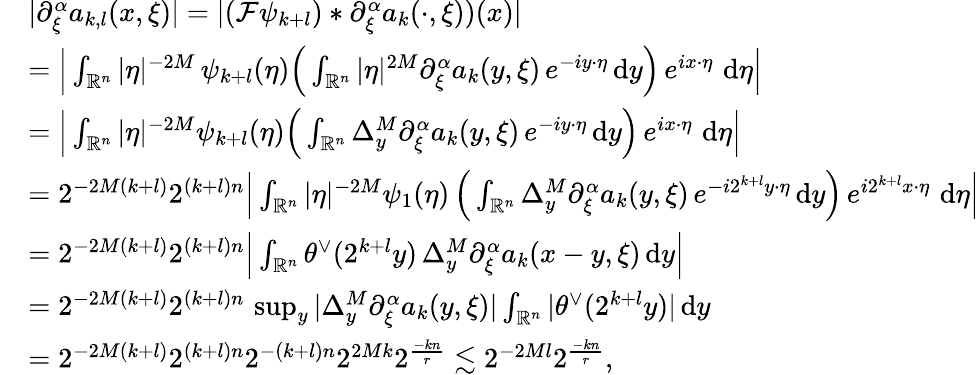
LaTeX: \begin{array}{rl}&{|\partial_{\xi}^{\alpha}a_{k,l}(x,\xi)|=|(\mathcal{F}\psi_{k+l})*\partial_{\xi}^{\alpha}a_{k}(\cdot,\xi))(x)|}\\ &{=\Big|\int_{\mathbb{R}^{n}}|\eta|^{-2M}\, \psi_{k+l}(\eta)\Big(\int_{\mathbb{R}^{n}}|\eta|^{2M}\partial_{\xi}^{\alpha}a_{k}(y,\xi)\, e^{-iy\cdot\eta}\, \mathrm{d}y\Big)\, e^{ix\cdot\eta}\, \, \mathrm{d}\eta\Big|}\\ &{=\Big|\int_{\mathbb{R}^{n}}|\eta|^{-2M}\psi_{k+l}(\eta)\Big(\int_{\mathbb{R}^{n}}\Delta_{y}^{M}\partial_{\xi}^{\alpha}a_{k}(y,\xi)\, e^{-iy\cdot\eta}\, \mathrm{d}y\Big)\, e^{ix\cdot\eta}\, \, \mathrm{d}\eta\Big|}\\ &{=2^{-2M(k+l)}2^{(k+l)n}\Big|\int_{\mathbb{R}^{n}}|\eta|^{-2M}\psi_{1}(\eta)\, \Big(\int_{\mathbb{R}^{n}}\Delta_{y}^{M}\partial_{\xi}^{\alpha}a_{k}(y,\xi)\, e^{-i2^{k+l}y\cdot\eta}\, \mathrm{d}y\Big)\, e^{i2^{k+l}x\cdot\eta}\, \, \mathrm{d}\eta\Big|}\\ &{=2^{-2M(k+l)}2^{(k+l)n}\Big|\int_{\mathbb{R}^{n}}\theta^{\vee}(2^{k+l}y)\, \Delta_{y}^{M}\partial_{\xi}^{\alpha}a_{k}(x-y,\xi)\, \mathrm{d}y\Big|}\\ &{=2^{-2M(k+l)}2^{(k+l)n}\, \operatorname*{sup}_{y}|\Delta_{y}^{M}\partial_{\xi}^{\alpha}a_{k}(y,\xi)|\int_{\mathbb{R}^{n}}|\theta^{\vee}(2^{k+l}y)|\, \mathrm{d}y}\\ &{=2^{-2M(k+l)}2^{(k+l)n}2^{-(k+l)n}2^{2Mk}2^{\frac{-kn}{r}}\lesssim 2^{-2Ml}2^{\frac{-kn}{r}},}\end{array}